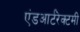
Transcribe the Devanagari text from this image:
एंडआर्टरेक्टमी